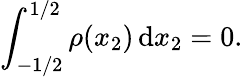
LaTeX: \int_{-1/2}^{1/2}\rho(x_{2})\, \mathrm{d}x_{2}=0.